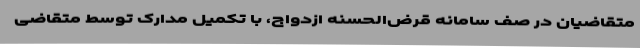
متقاضیان در صف سامانه قرض‌الحسنه ازدواج، با تکمیل مدارک توسط متقاضی